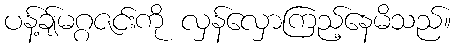
ပန့်ချ်မဂ္ဂဇင်းကို လှန်လှောကြည့်နေမိသည်။